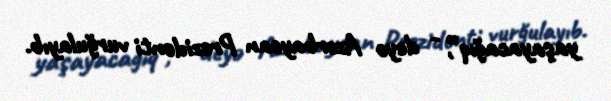
yaşayacağıq”, - deyə Azərbaycan Prezidenti vurğulayıb.